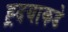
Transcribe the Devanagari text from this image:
ह्र्दयाकडे